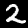
Digit: 2